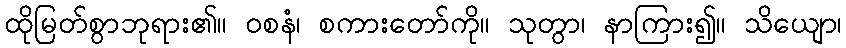
ထိုမြတ်စွာဘုရား၏။ ဝစနံ၊ စကားတော်ကို။ သုတွာ၊ နာကြား၍။ သိယျော၊